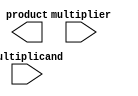
module modified_booth_multiplier(
  input wire [7:0] multiplicand,
  input wire [7:0] multiplier,
  output reg [15:0] product
);

  // Partial product generation stage
  reg [15:0] pp1, pp2, pp3;
  
  always @* begin
    pp1 = multiplicand * {7'b0, multiplier};
    pp2 = multiplicand * {8'b0, multiplier[7]};
    pp3 = multiplicand * {9'b0, multiplier[8]};
  end

  // Addition of partial products
  reg [15:0] sum1, sum2;
  
  always @* begin
    sum1 = pp1 + {8'b0, pp2[15:8]};
    sum2 = sum1 + {7'b0, pp3[15:8]};
  end

  // Accumulation of final product
  always @* begin
    product = sum2;
  end

endmodule